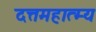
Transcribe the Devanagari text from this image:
दत्तमहात्म्य